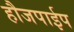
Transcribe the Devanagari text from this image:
हौजपाईप